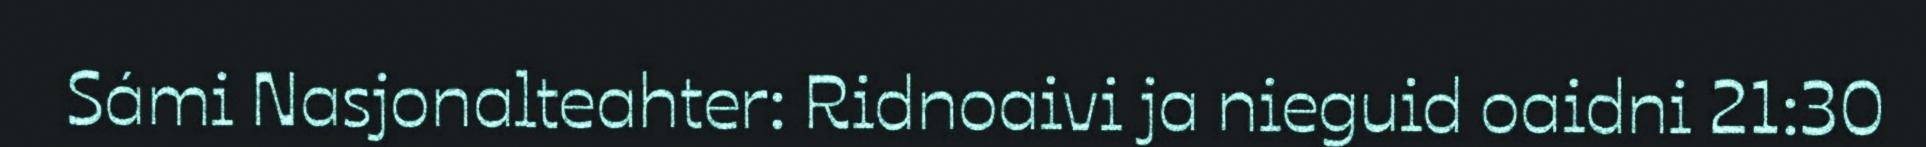
Sámi Nasjonalteahter: Ridnoaivi ja nieguid oaidni 21:30